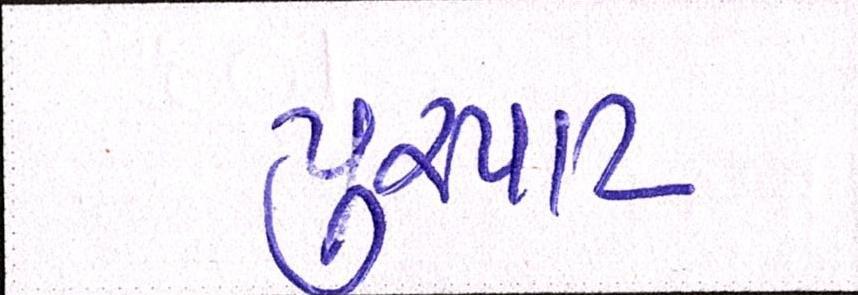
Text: પુરપાટ